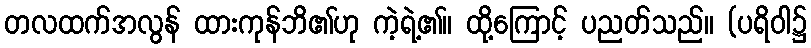
တလထက်အလွန် ထားကုန်ဘိ၏ဟု ကဲ့ရဲ့၏။ ထို့ကြောင့် ပညတ်သည်။ (ပရိဝါ၌